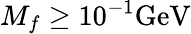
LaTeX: M_{f}\geq 10^{-1}\mathrm{GeV}